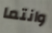
وانتما